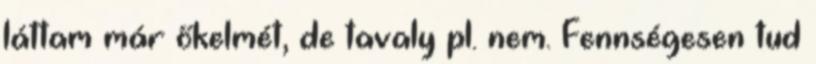
láttam már őkelmét, de tavaly pl. nem. Fennségesen tud